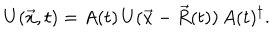
LaTeX: U ( \vec { x } , t ) = A ( t ) \, U ( \vec { x } - \vec { R } ( t ) ) \, A ( t ) ^ { \dagger } .